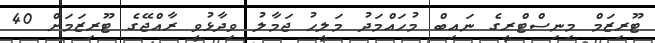
ޓޫރިޒަމް މިނިސްޓްރީގެ ނައިބް މުހައްމަދު މަލީހު ޖަމާލު ވިދާޅުވީ ރާއްޖޭގެ ޓޫރިޒަމަށް 40